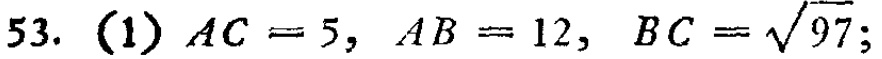
53. (1) \(AC = 5,\ AB = 12,\ BC=\sqrt{97}\);